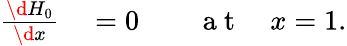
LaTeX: \begin{array}{rlrl}{\frac{\d H_{0}}{\d x}}&{{}=0}&{}&{{}\mathrm{~a~t~}\quad x=1.}\end{array}